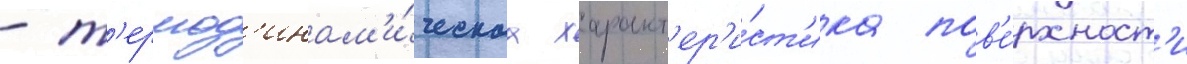
- т'ермод'инам'и́ческаа характ'ер'и́ст'ика пов'е́рхност'и